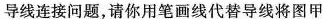
导线连接问题，请你用笔画线代替导线将图甲